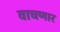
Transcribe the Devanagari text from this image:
वाचणार